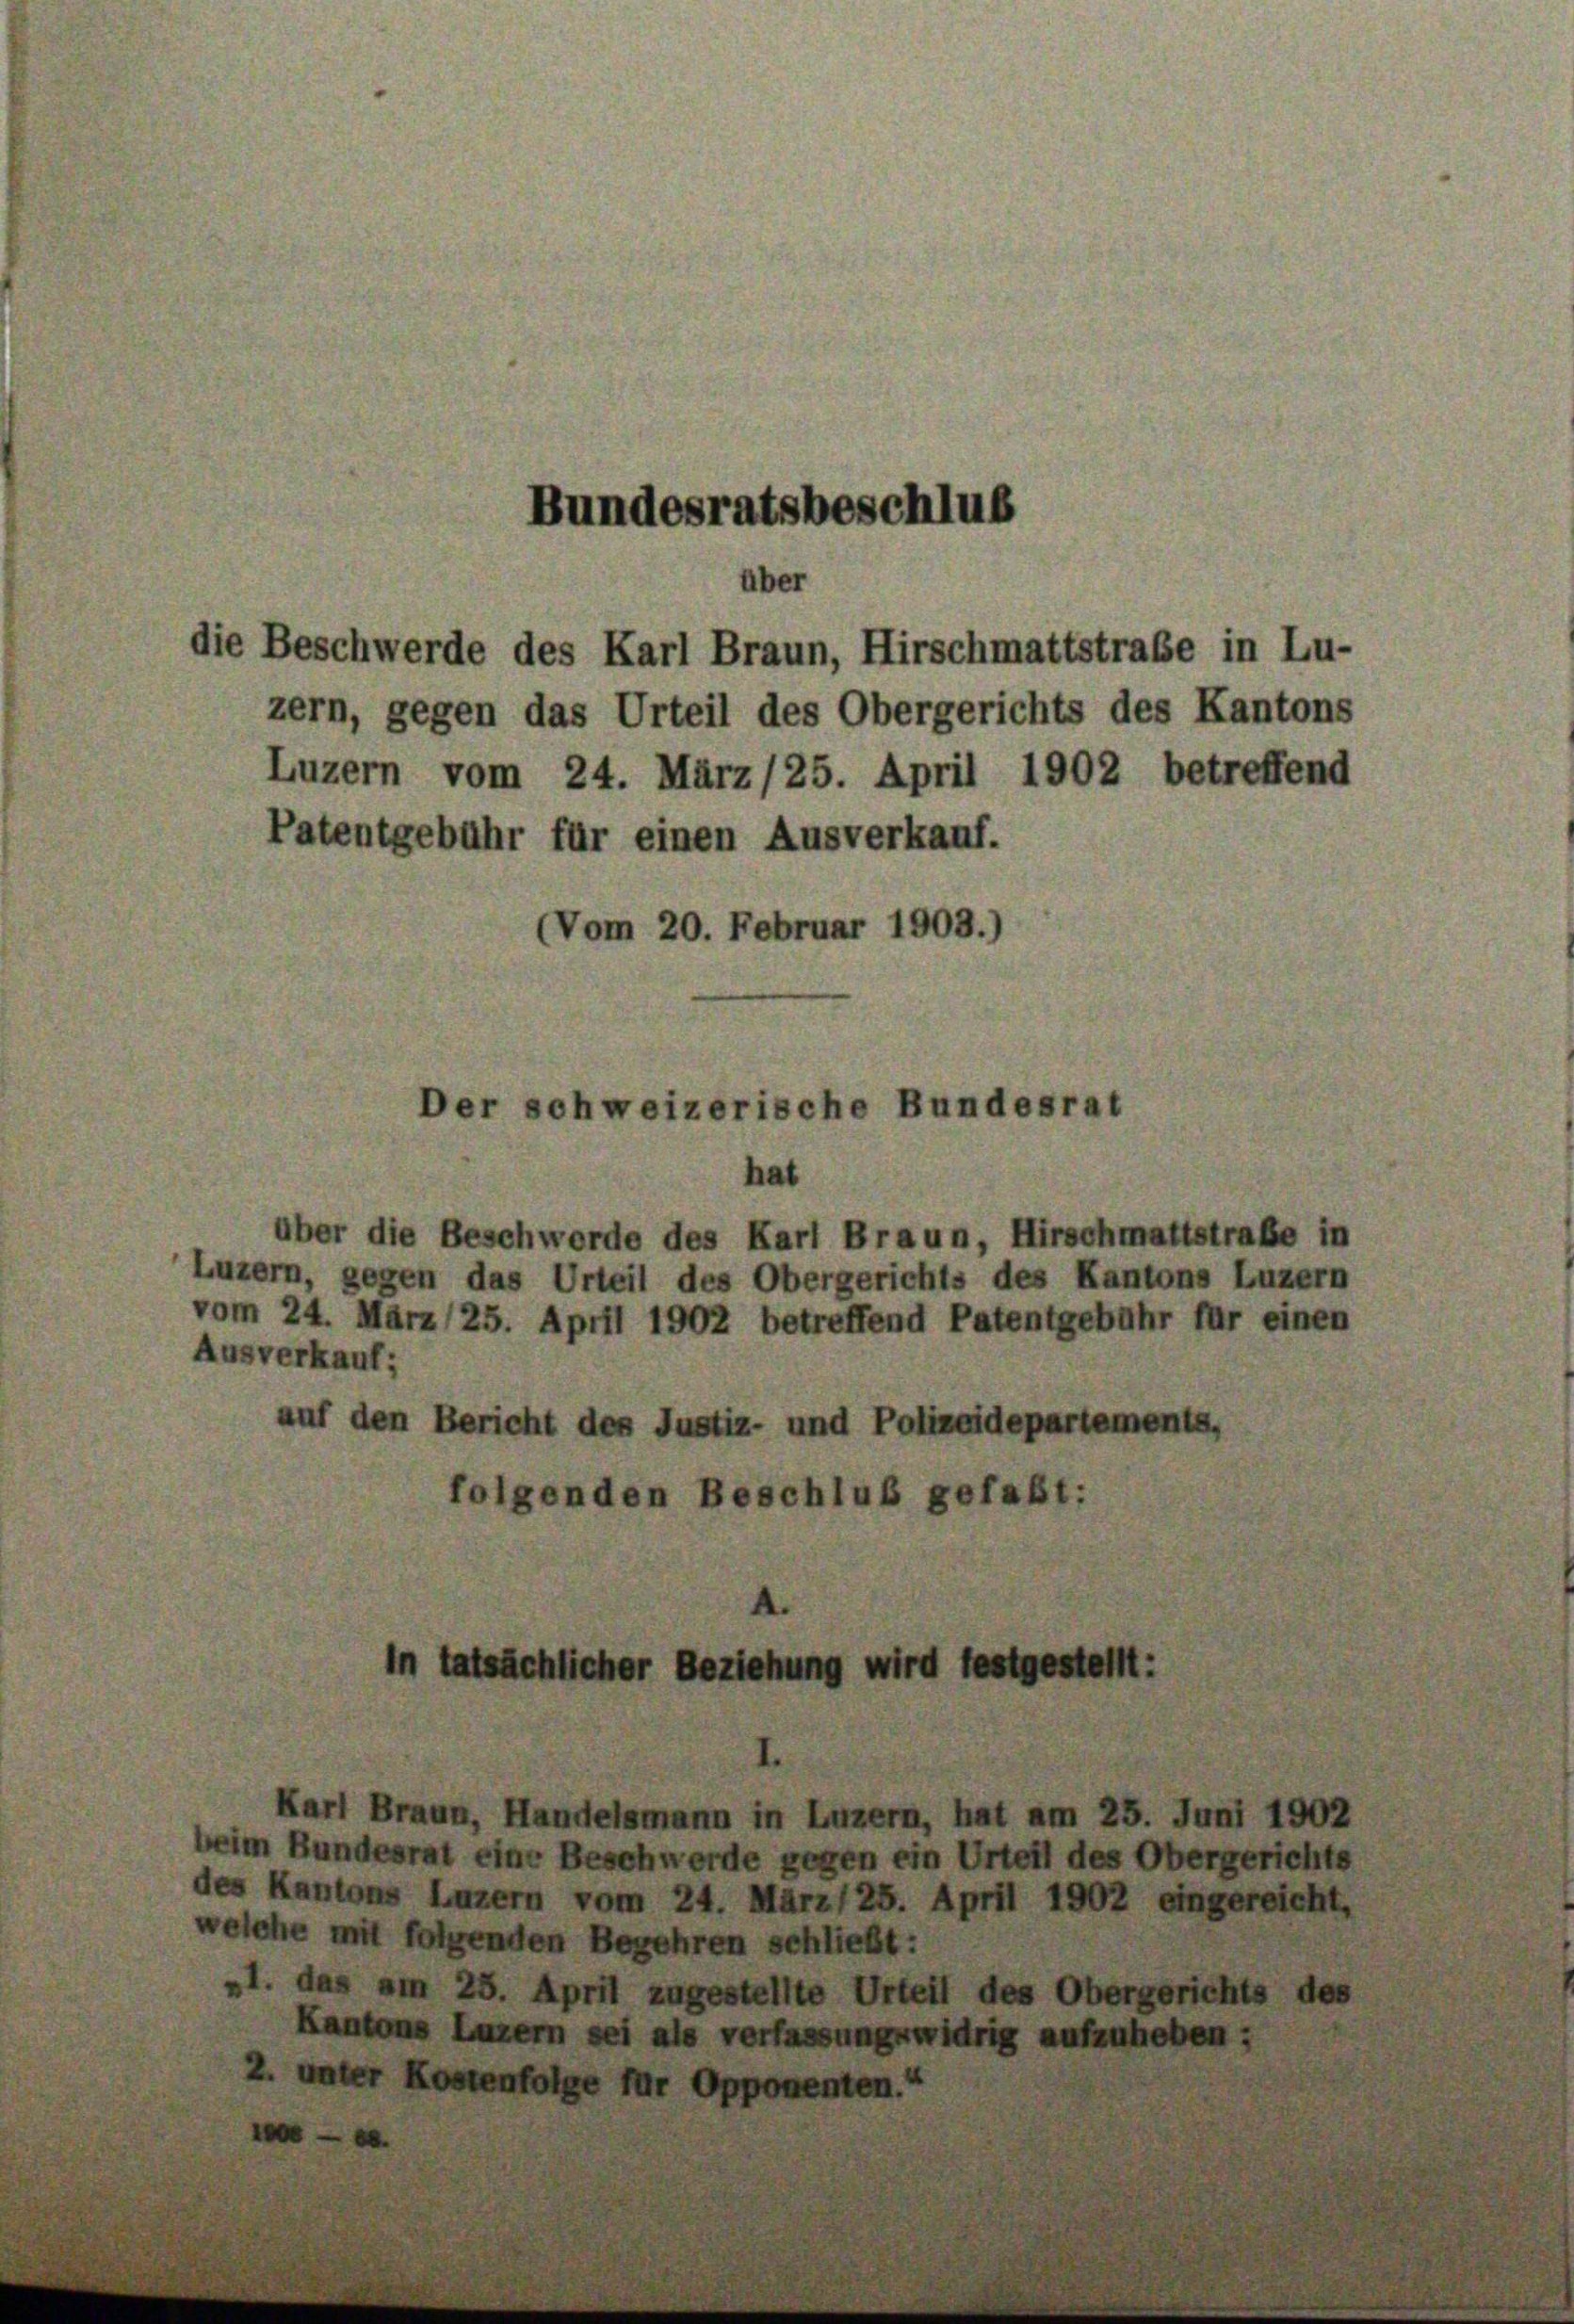
Luzern vom 24. März/25. April 1902 betreffend
Patentgebühr für einen Ausverkauf.
(Vom 20. Februar 1903.)

Bundesratsbeschluß

über
die Beschwerde des Karl Braun, Hirschmattstraße in Lu-

zern, gegen das Urteil des Obergerichts des Kantons

Der schweizerische Bundesrat

hat
über die Beschwerde des Karl Braun, Hirschmattstrafe
Luzern, gegen das Urteil des Obergerichts des Kantons Luze
vom 24. März (25. April 1902 betreffend Patentgebühr für ein
Ausverkauf;
auf den Bericht des Justiz- und Polizeidepartement
folgenden Beschluß gefaßt: